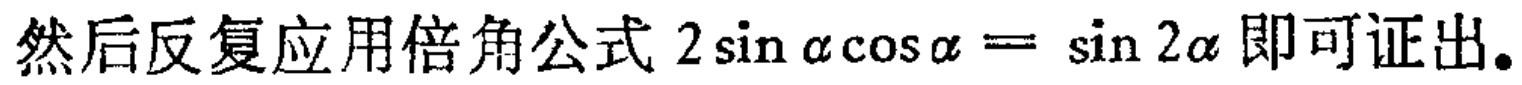
然后反复应用倍角公式 \(2\sin\alpha\cos\alpha = \sin 2\alpha\) 即可证出。